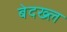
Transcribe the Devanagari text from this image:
बेदख्ल